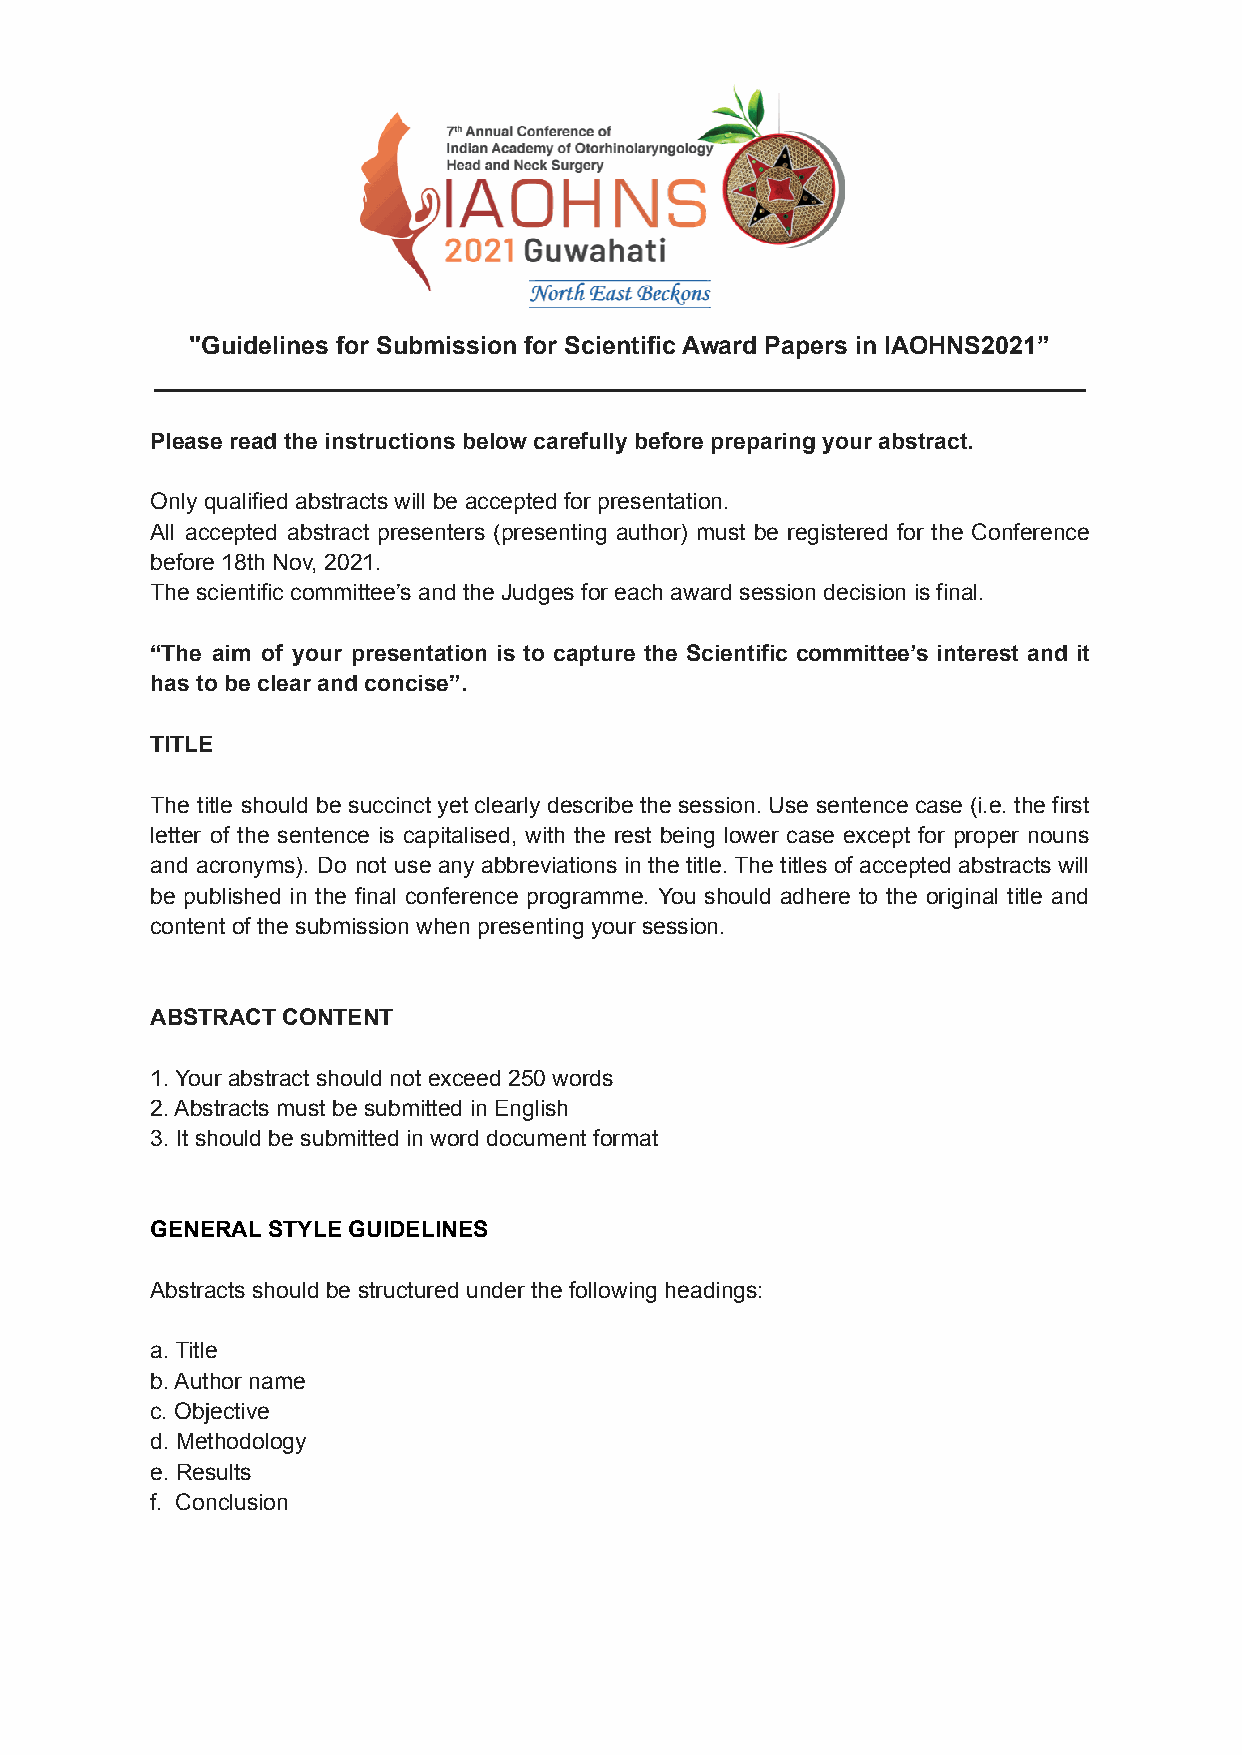
"Guidelines for Submission for Scientific Award Papers in IAOHNS2021”
 ___________________________________________________________________
 Please read the instructions below carefully before preparing your abstract.
 Only qualified abstracts will be accepted for presentation.
 All accepted abstract presenters (presenting author) must be registered for the Conference
 before 18th Nov, 2021.
 The scientific committee’s and the Judges for each award session decision is final.
 “The aim of your presentation is to capture the Scientific committee’s interest and it
 has to be clear and concise”.
 TITLE
 The title should be succinct yet clearly describe the session. Use sentence case (i.e. the first
 letter of the sentence is capitalised, with the rest being lower case except for proper nouns
 and acronyms). Do not use any abbreviations in the title. The titles of accepted abstracts will
 be published in the final conference programme. You should adhere to the original title and
 content of the submission when presenting your session.
 ABSTRACT CONTENT
 1. Your abstract should not exceed 250 words
 2. Abstracts must be submitted in English
 3. It should be submitted in word document format
 GENERAL STYLE GUIDELINES
 Abstracts should be structured under the following headings:
 a. Title
 b. Author name
 c. Objective
 d. Methodology
 e. Results
 f. Conclusion